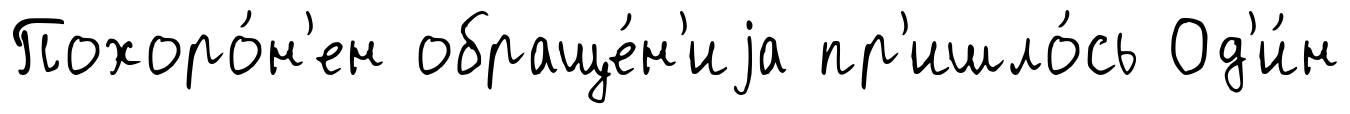
Похоро́н'ен обраще́н'иjа пр'ишло́сь Од'и́н